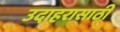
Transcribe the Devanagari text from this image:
उदाहरासाठी